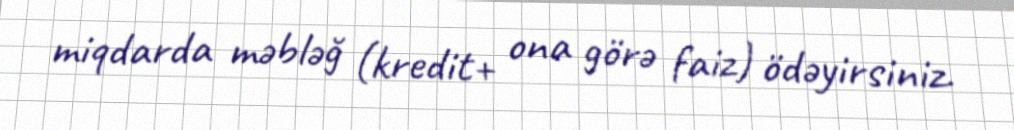
miqdarda məbləğ (kredit+ ona görə faiz) ödəyirsiniz.